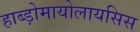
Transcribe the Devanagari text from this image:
हाब्ड़ोमायोलायसिस